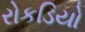
રોકડિયો